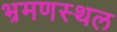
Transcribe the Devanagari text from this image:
भ्रमणस्‍थल